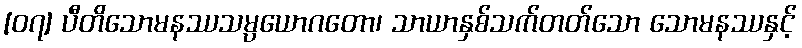
[၀၇] ပီတိသောမနဿသမ္ပယောဂတော၊ သာယာနှစ်သက်တတ်သော သောမနဿနှင့်